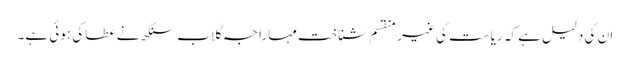
ان کی دلیل ہے کہ ریاست کی غیر منقسم شناخت مہاراجہ گلاب سنگھ نے عطا کی ہوئی ہے۔